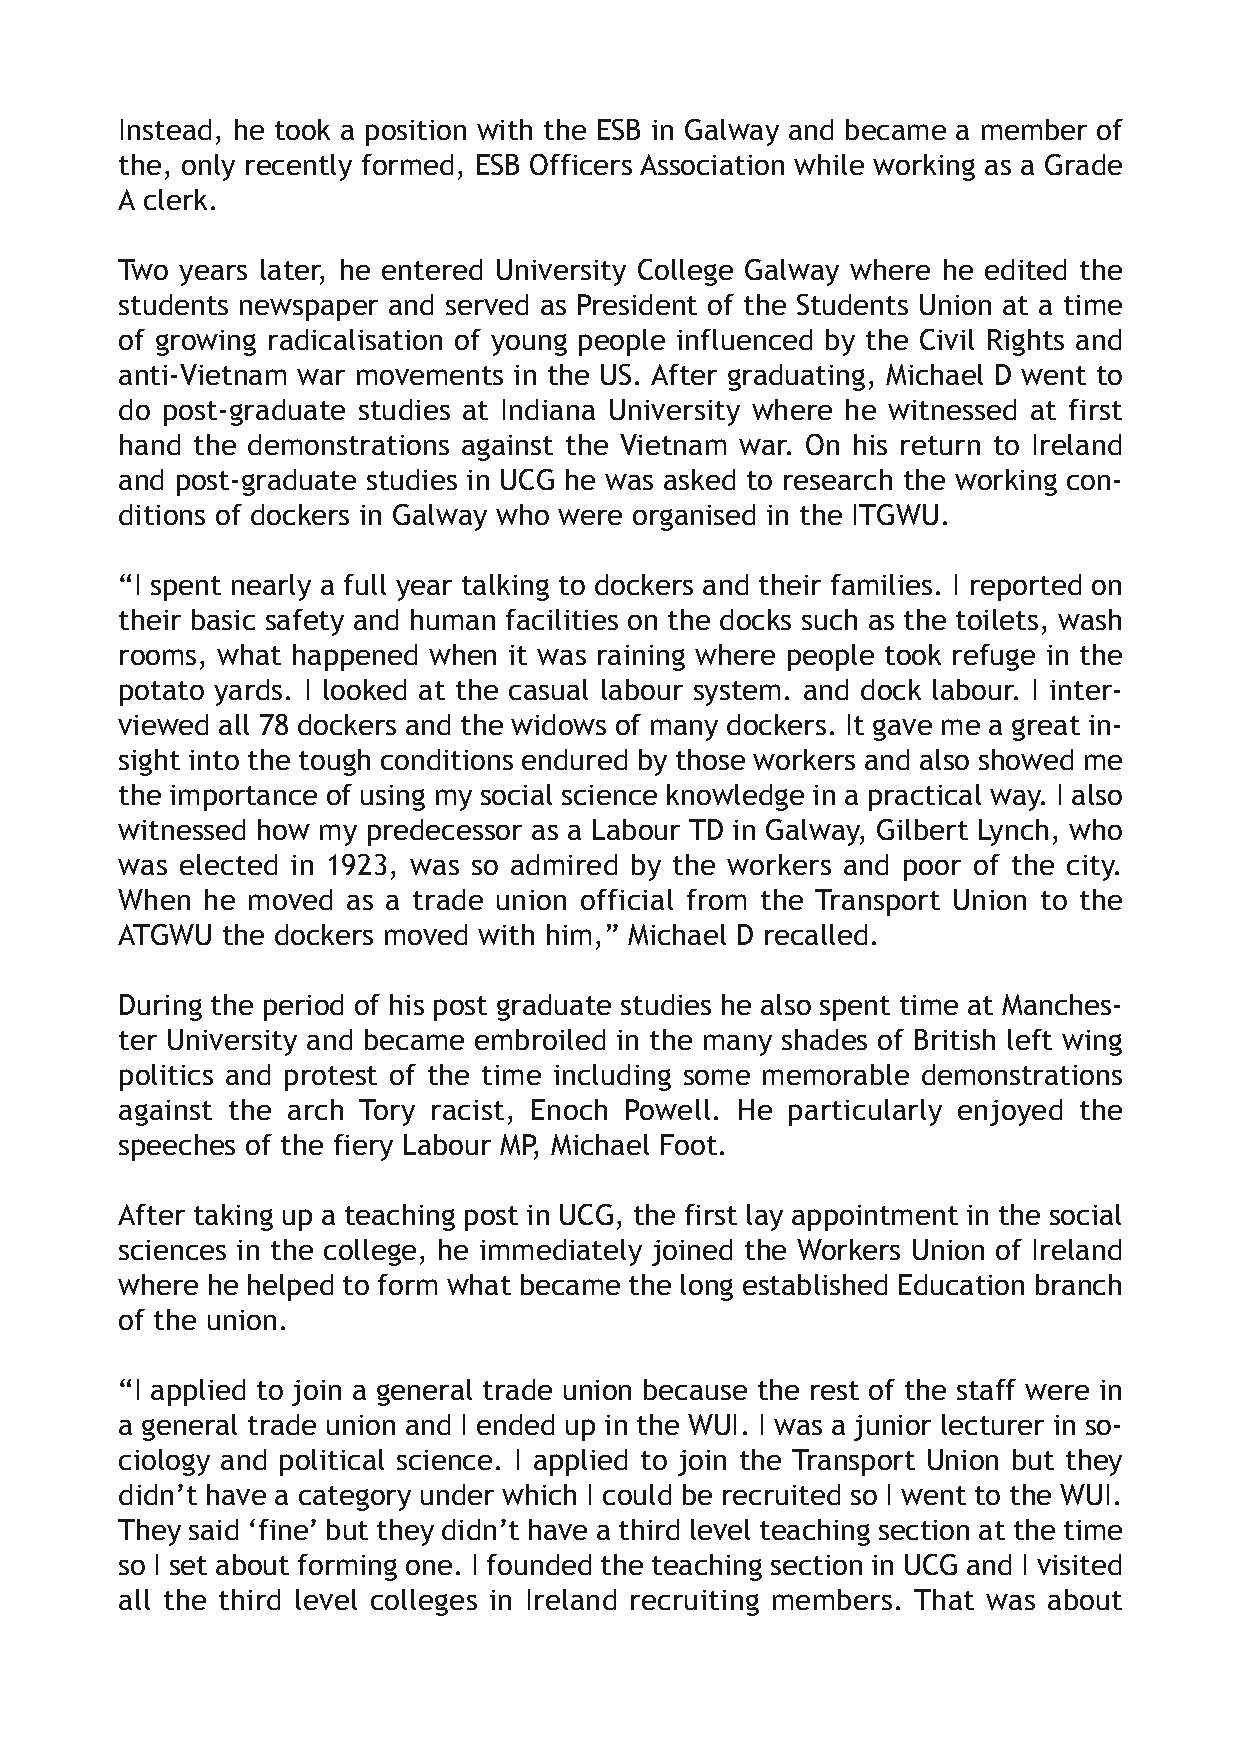
Instead, he took a position with the ESB in Galway and became a member of
 the, only recently formed, ESB Officers Association while working as a Grade
 A clerk.
 Two years later, he entered University College Galway where he edited the
 students newspaper and served as President of the Students Union at a time
 of growing radicalisation of young people influenced by the Civil Rights and
 anti-Vietnam war movements in the US. After graduating, Michael D went to
 do post-graduate studies at Indiana University where he witnessed at first
 hand the demonstrations against the Vietnam war. On his return to Ireland
 and post-graduate studies in UCG he was asked to research the working con-
 ditions of dockers in Galway who were organised in the ITGWU.
 “I spent nearly a full year talking to dockers and their families. I reported on
 their basic safety and human facilities on the docks such as the toilets, wash
 rooms, what happened when it was raining where people took refuge in the
 potato yards. I looked at the casual labour system. and dock labour. I inter-
 viewed all 78 dockers and the widows of many dockers. It gave me a great in-
 sight into the tough conditions endured by those workers and also showed me
 the importance of using my social science knowledge in a practical way. I also
 witnessed how my predecessor as a Labour TD in Galway, Gilbert Lynch, who
 was elected in 1923, was so admired by the workers and poor of the city.
 When he moved  as a trade union official from the Transport Union to the
 ATGWU  the dockers moved with him,” Michael D recalled.
 During the period of his post graduate studies he also spent time at Manches-
 ter University and became embroiled in the many shades of British left wing
 politics and protest of the time including some memorable demonstrations
 against the arch Tory racist, Enoch Powell. He particularly enjoyed the
 speeches of the fiery Labour MP, Michael Foot.
 After taking up a teaching post in UCG, the first lay appointment in the social
 sciences in the college, he immediately joined the Workers Union of Ireland
 where he helped to form what became the long established Education branch
 of the union.
 “I applied to join a general trade union because the rest of the staff were in
 a general trade union and I ended up in the WUI. I was a junior lecturer in so-
 ciology and political science. I applied to join the Transport Union but they
 didn’t have a category under which I could be recruited so I went to the WUI.
 They said ‘fine’ but they didn’t have a third level teaching section at the time
 so I set about forming one. I founded the teaching section in UCG and I visited
 all the third level colleges in Ireland recruiting members. That was about